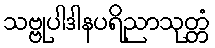
သဗ္ဗုပါဒါနပရိညာသုတ္တံ